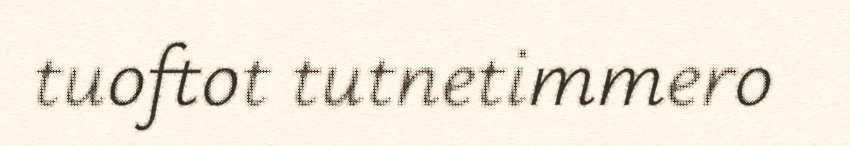
tuoftot tutnetimmero